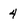
Character: 4